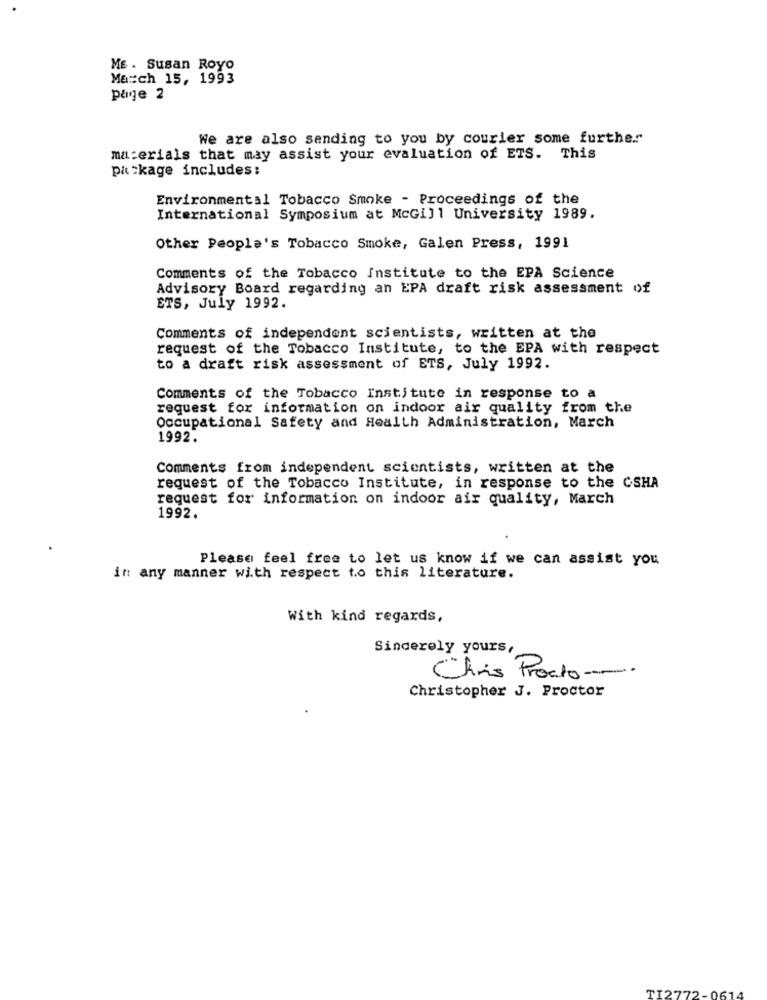
ME . Susan Royo
Ma:ch 15, 1993
page 2
We are also sending to you by courier some further
materials that may assist your evaluation of ETS. This
package includes:
Environmental Tobacco Smoke - Proceedings of the
International Symposium at McGill University 1989.
Other People's Tobacco Smoke, Galen Press, 1991
Comments of the Tobacco Institute to the EPA Science
Advisory Board regarding an EPA draft risk assessment of
ETS, July 1992.
Comments of independent scientists, written at the
request of the Tobacco Institute, to the EPA with respect
to a draft risk assessment of ETS, July 1992.
Comments of the Tobacco Institute in response to a
request for information on indoor air quality from the
Occupational Safety and Health Administration, March
1992.
Comments from independent scientists, written at the
request of the Tobacco Institute, in response to the CSHA
request for information on indoor air quality, March
1992.
Please feel free to let us know if we can assist you
in any manner with respect to this literature.
With kind regards,
Sincerely yours,
Chris Procto -.
Christopher J. Proctor
TI2772.
-061